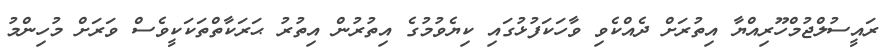
ރައީސުލްޖުމްހޫރިއްޔާ އިތުރަށް ދެއްކެވި ވާހަކަފުޅުގައި ކިޔެވުމުގެ އިތުރުން އިތުރު ޙަރަކާތްތަކަކީވެސް ވަރަށް މުހިންމު